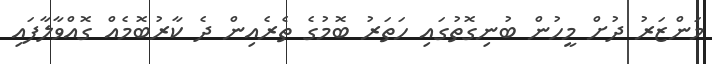
މަންޒަރު ދުށް މީހުން ބުނިގޮތުގައި ހަތަރު ބޮމުގެ ތެރެއިން ދެ ކާރުބޮމެއް ގޮއްވާލާފައި